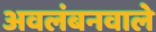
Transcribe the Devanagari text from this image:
अवलंबनवाले